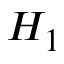
H _ { 1 }